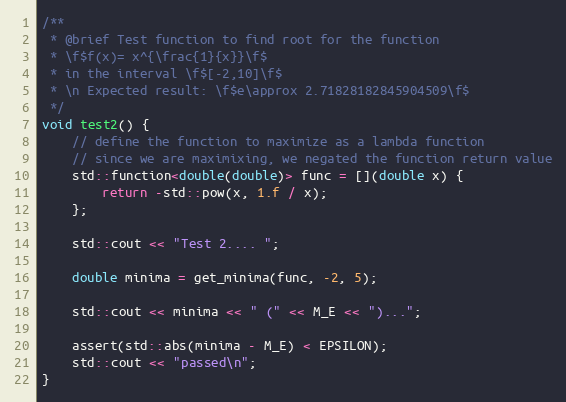
Language: C++
/**
 * @brief Test function to find root for the function
 * \f$f(x)= x^{\frac{1}{x}}\f$
 * in the interval \f$[-2,10]\f$
 * \n Expected result: \f$e\approx 2.71828182845904509\f$
 */
void test2() {
    // define the function to maximize as a lambda function
    // since we are maximixing, we negated the function return value
    std::function<double(double)> func = [](double x) {
        return -std::pow(x, 1.f / x);
    };

    std::cout << "Test 2.... ";

    double minima = get_minima(func, -2, 5);

    std::cout << minima << " (" << M_E << ")...";

    assert(std::abs(minima - M_E) < EPSILON);
    std::cout << "passed\n";
}